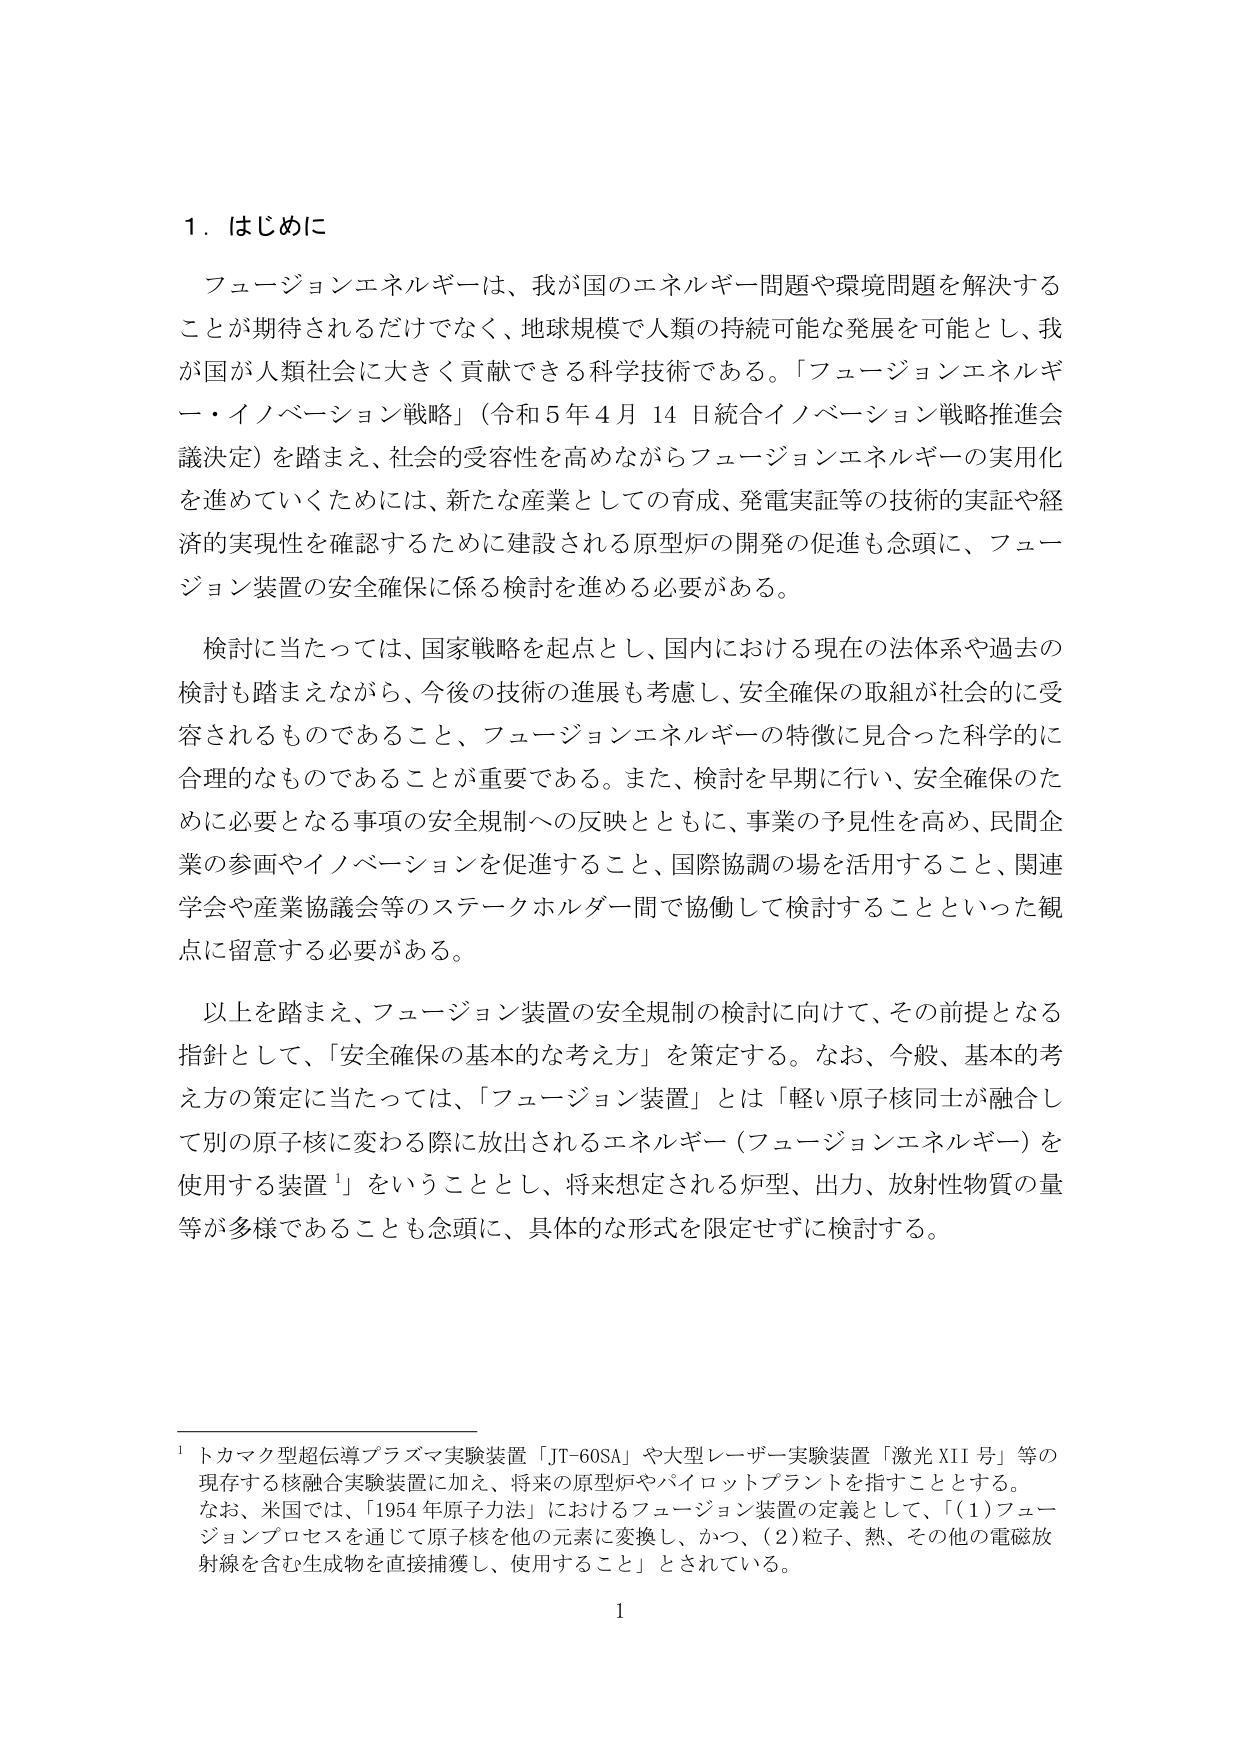
1. はじめに

フュージョンエネルギーは、我が国のエネルギー問題や環境問題を解決することが期待されるだけでなく、地球規模で人類の持続可能な発展を可能とし、我が国が人類社会に大きく貢献できる科学技術である。「フュージョンエネルギー・イノベーション戦略」（令和5年4月14日統合イノベーション戦略推進会議決定）を踏まえ、社会的受容性を高めながらフュージョンエネルギーの実用化を進めていくためには、新たな産業としての育成、発電実証等の技術的実証や経済的実現性を確認するために建設される原型炉の開発の促進も念頭に、フュージョン装置の安全確保に係る検討を進める必要がある。

検討に当たっては、国家戦略を起点とし、国内における現在の法体系や過去の検討も踏まえながら、今後の技術の進展も考慮し、安全確保の取組が社会的に受容されるものであること、フュージョンエネルギーの特徴に見合った科学的に合理的なものであることが重要である。また、検討を早期に行い、安全確保のために必要となる事項の安全規制への反映とともに、事業の予見性を高め、民間企業の参画やイノベーションを促進すること、国際協調の場を活用すること、関連学会や産業協議会等のステークホルダー間で協働して検討することといった観点に留意する必要がある。

以上を踏まえ、フュージョン装置の安全規制の検討に向けて、その前提となる指針として、「安全確保の基本的な考え方」を策定する。なお、今般、基本的考え方の策定に当たっては、「フュージョン装置」とは「軽い原子核同士が融合して別の原子核に変わる際に放出されるエネルギー（フュージョンエネルギー）を使用する装置¹」をいうこととし、将来想定される炉型、出力、放射性物質の量等が多様であることも念頭に、具体的な形式を限定せずに検討する。

¹ トカマク型超伝導プラズマ実験装置「JT-60SA」や大型レーザー実験装置「激光XII号」等の現存する核融合実験装置に加え、将来の原型炉やパイロットプラントを指すこととする。なお、米国では、「1954年原子力法」におけるフュージョン装置の定義として、「(1)フュージョンプロセスを通じて原子核を他の元素に変換し、かつ、(2)粒子、熱、その他の電磁放射線を含む生成物を直接捕獲し、使用すること」とされている。

1